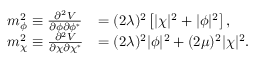
\begin{array} { l l } { { m _ { \phi } ^ { 2 } \equiv \frac { \partial ^ { 2 } V } { \partial \phi \partial \phi ^ { * } } } } & { { = ( 2 \lambda ) ^ { 2 } \left[ | \chi | ^ { 2 } + | \phi | ^ { 2 } \right] , } } \\ { { m _ { \chi } ^ { 2 } \equiv \frac { \partial ^ { 2 } V } { \partial \chi \partial \chi ^ { * } } } } & { { = ( 2 \lambda ) ^ { 2 } | \phi | ^ { 2 } + ( 2 \mu ) ^ { 2 } | \chi | ^ { 2 } . } } \end{array}